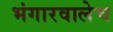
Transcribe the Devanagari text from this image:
भंगारवालेच